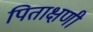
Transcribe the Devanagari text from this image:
पिताक्षणी